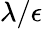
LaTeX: \lambda/\epsilon